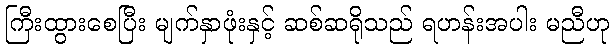
ကြီးထွားစေပြီး မျက်နှာဖုံးနှင့် ဆစ်ဆရိုသည် ရဟန်းအပါး မညီဟု